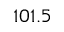
1 0 1 . 5